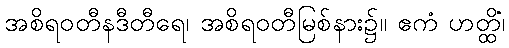
အစိရဝတီနဒီတီရေ၊ အစိရဝတီမြစ်နား၌။ ဧကံ ဟတ္ထိံ၊